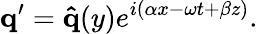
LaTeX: \mathbf{q}^{\prime}=\mathbf{\hat{q}}(y)e^{i(\alpha x-\omega t+\beta z)}.